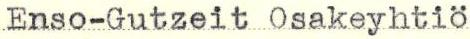
Enso-Gutzeit Osakeyhtiö